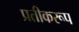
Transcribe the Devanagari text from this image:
प्रतीकरूप